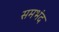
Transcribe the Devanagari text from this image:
समभंद